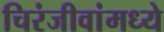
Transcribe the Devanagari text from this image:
चिरंजीवांमध्ये